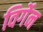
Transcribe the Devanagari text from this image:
विर्गेन